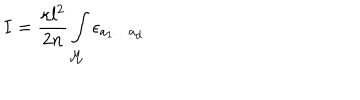
I = \frac { \kappa l ^ { 2 } } { 2 n } \int _ { { \cal M } } \epsilon _ { a _ { 1 } \ldots a _ { d } }